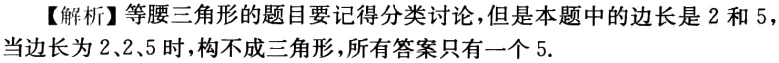
【解析】等腰三角形的题目要记得分类讨论，但是本题中的边长是 2 和 5，当边长为2、2、5时，构不成三角形，所有答案只有一个5.